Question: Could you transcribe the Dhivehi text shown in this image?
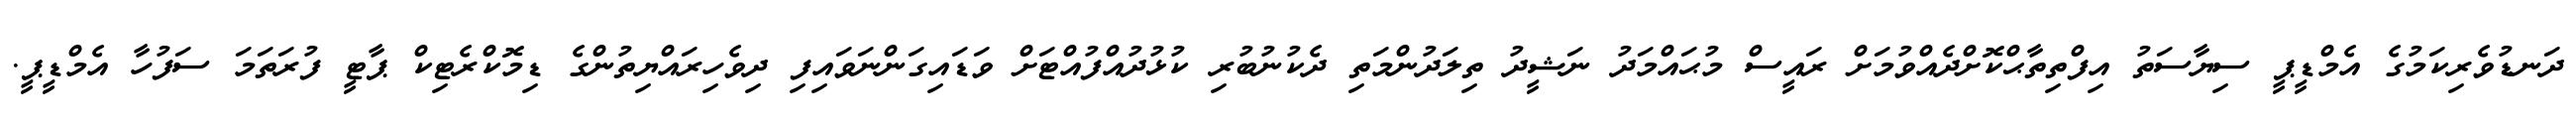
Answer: ދަނޑުވެރިކަމުގެ އެމްޑީޕީ ސިޔާސަތު އިފްތިތާޙްކޮށްދެއްވުމަށް ރައީސް މުޙައްމަދު ނަޝީދު ތިލަދުންމަތި ދެކުނުބުރި ކުޅުދުއްފުއްޓަށް ވަޑައިގަންނަވައިފި ދިވެހިރައްޔިތުންގެ ޑިމޮކްރެޓިކް ޕާޓީ ފުރަތަމަ ސަފުހާ އެމްޑީޕީ.